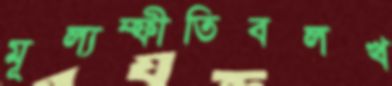
মূল্যম্ফীতিবলখ